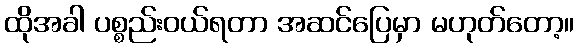
ထိုအခါ ပစ္စည်းဝယ်ရတာ အဆင်ပြေမှာ မဟုတ်တော့။